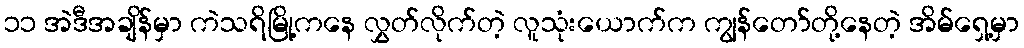
၁၁ အဲဒီအချိန်မှာ ကဲသရိမြို့ကနေ လွှတ်လိုက်တဲ့ လူသုံးယောက်က ကျွန်တော်တို့နေတဲ့ အိမ်ရှေ့မှာ